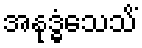
အနုဒ္ဓံသေသိံ